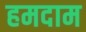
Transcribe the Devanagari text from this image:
हमदाम